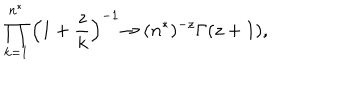
\prod _ { k = 1 } ^ { n ^ { * } } \left( 1 + \frac { z } { k } \right) ^ { - 1 } { \rightarrow } ~ ( n ^ { * } ) ^ { - z } \Gamma ( z + 1 ) ,